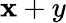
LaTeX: \mathbf{x}+y